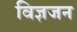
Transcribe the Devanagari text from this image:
विज्ञजन